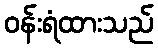
ဝန်းရံထားသည်